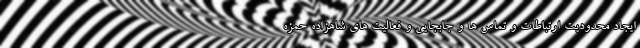
ایجاد محدودیت ارتباطات و تماس ها و جابجایی و فعالیت های شاهزاده حمزه